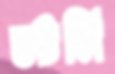
স্টর্মি